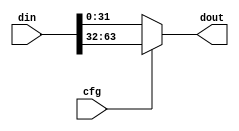

`timescale 1 ns / 1 ps

module port_selector #
(
  parameter integer DOUT_WIDTH = 32
)
(
  input  wire                    cfg,
  input  wire [2*DOUT_WIDTH-1:0] din,
  output wire [DOUT_WIDTH-1:0]   dout
);

  assign dout = cfg ? din[2*DOUT_WIDTH-1:DOUT_WIDTH] : din[DOUT_WIDTH-1:0];

endmodule